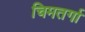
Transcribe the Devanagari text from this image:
चिमतर्गा